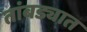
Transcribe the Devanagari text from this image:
तांबड्यात